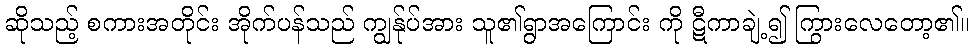
ဆိုသည့် စကားအတိုင်း အိုက်ပန်သည် ကျွန်ုပ်အား သူ၏ရွာအကြောင်း ကို ဋီကာချဲ့၍ ကြွားလေတော့၏။